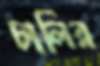
চার্লির